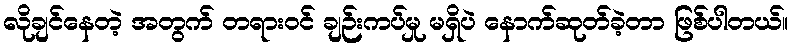
လိုချင်နေတဲ့ အတွက် တရားဝင် ချဉ်းကပ်မှု မရှိပဲ နောက်ဆုတ်ခဲ့တာ ဖြစ်ပါတယ်။